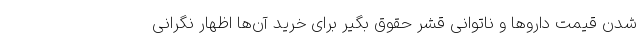
شدن قیمت داروها و ناتوانی قشر حقوق بگیر برای خرید آن‌ها اظهار نگرانی